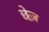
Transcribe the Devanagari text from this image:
छेज़